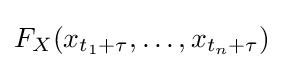
F_{X}(x_{t_{1}+\tau },\ldots ,x_{t_{n}+\tau })